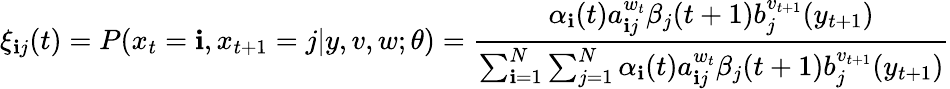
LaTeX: \xi_{\mathbf{i}j}(t)=P(x_{t}=\mathbf{i},x_{t+1}=j|y,v,w;\theta)={\frac{{\alpha_{\mathbf{i}}(t)a_{\mathbf{i}j}^{w_{t}}\beta_{j}(t+1)b_{j}^{v_{t+1}}(y_{t+1})}}{{\sum_{\mathbf{i}=1}^{N}\sum_{j=1}^{N}\alpha_{\mathbf{i}}(t)a_{\mathbf{i}j}^{w_{t}}\beta_{j}(t+1)b_{j}^{v_{t+1}}(y_{t+1})}}}